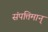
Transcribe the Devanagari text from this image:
संपत्तिमान्